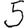
Digit: 5